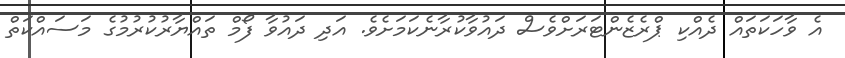
އެ ވާހަކަތައް ދެއްކި ޕްރެޒެންޓަރަށްވެސް ދައުވާކުރާނެކަމަށެވެ. އަދި ދައުވާ ފޯމް ތައްޔާރުކުރުމުގެ މަސައްކަތް